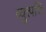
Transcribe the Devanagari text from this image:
व्युत्त्पत्ति